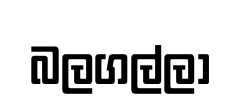
බලගල්ලා